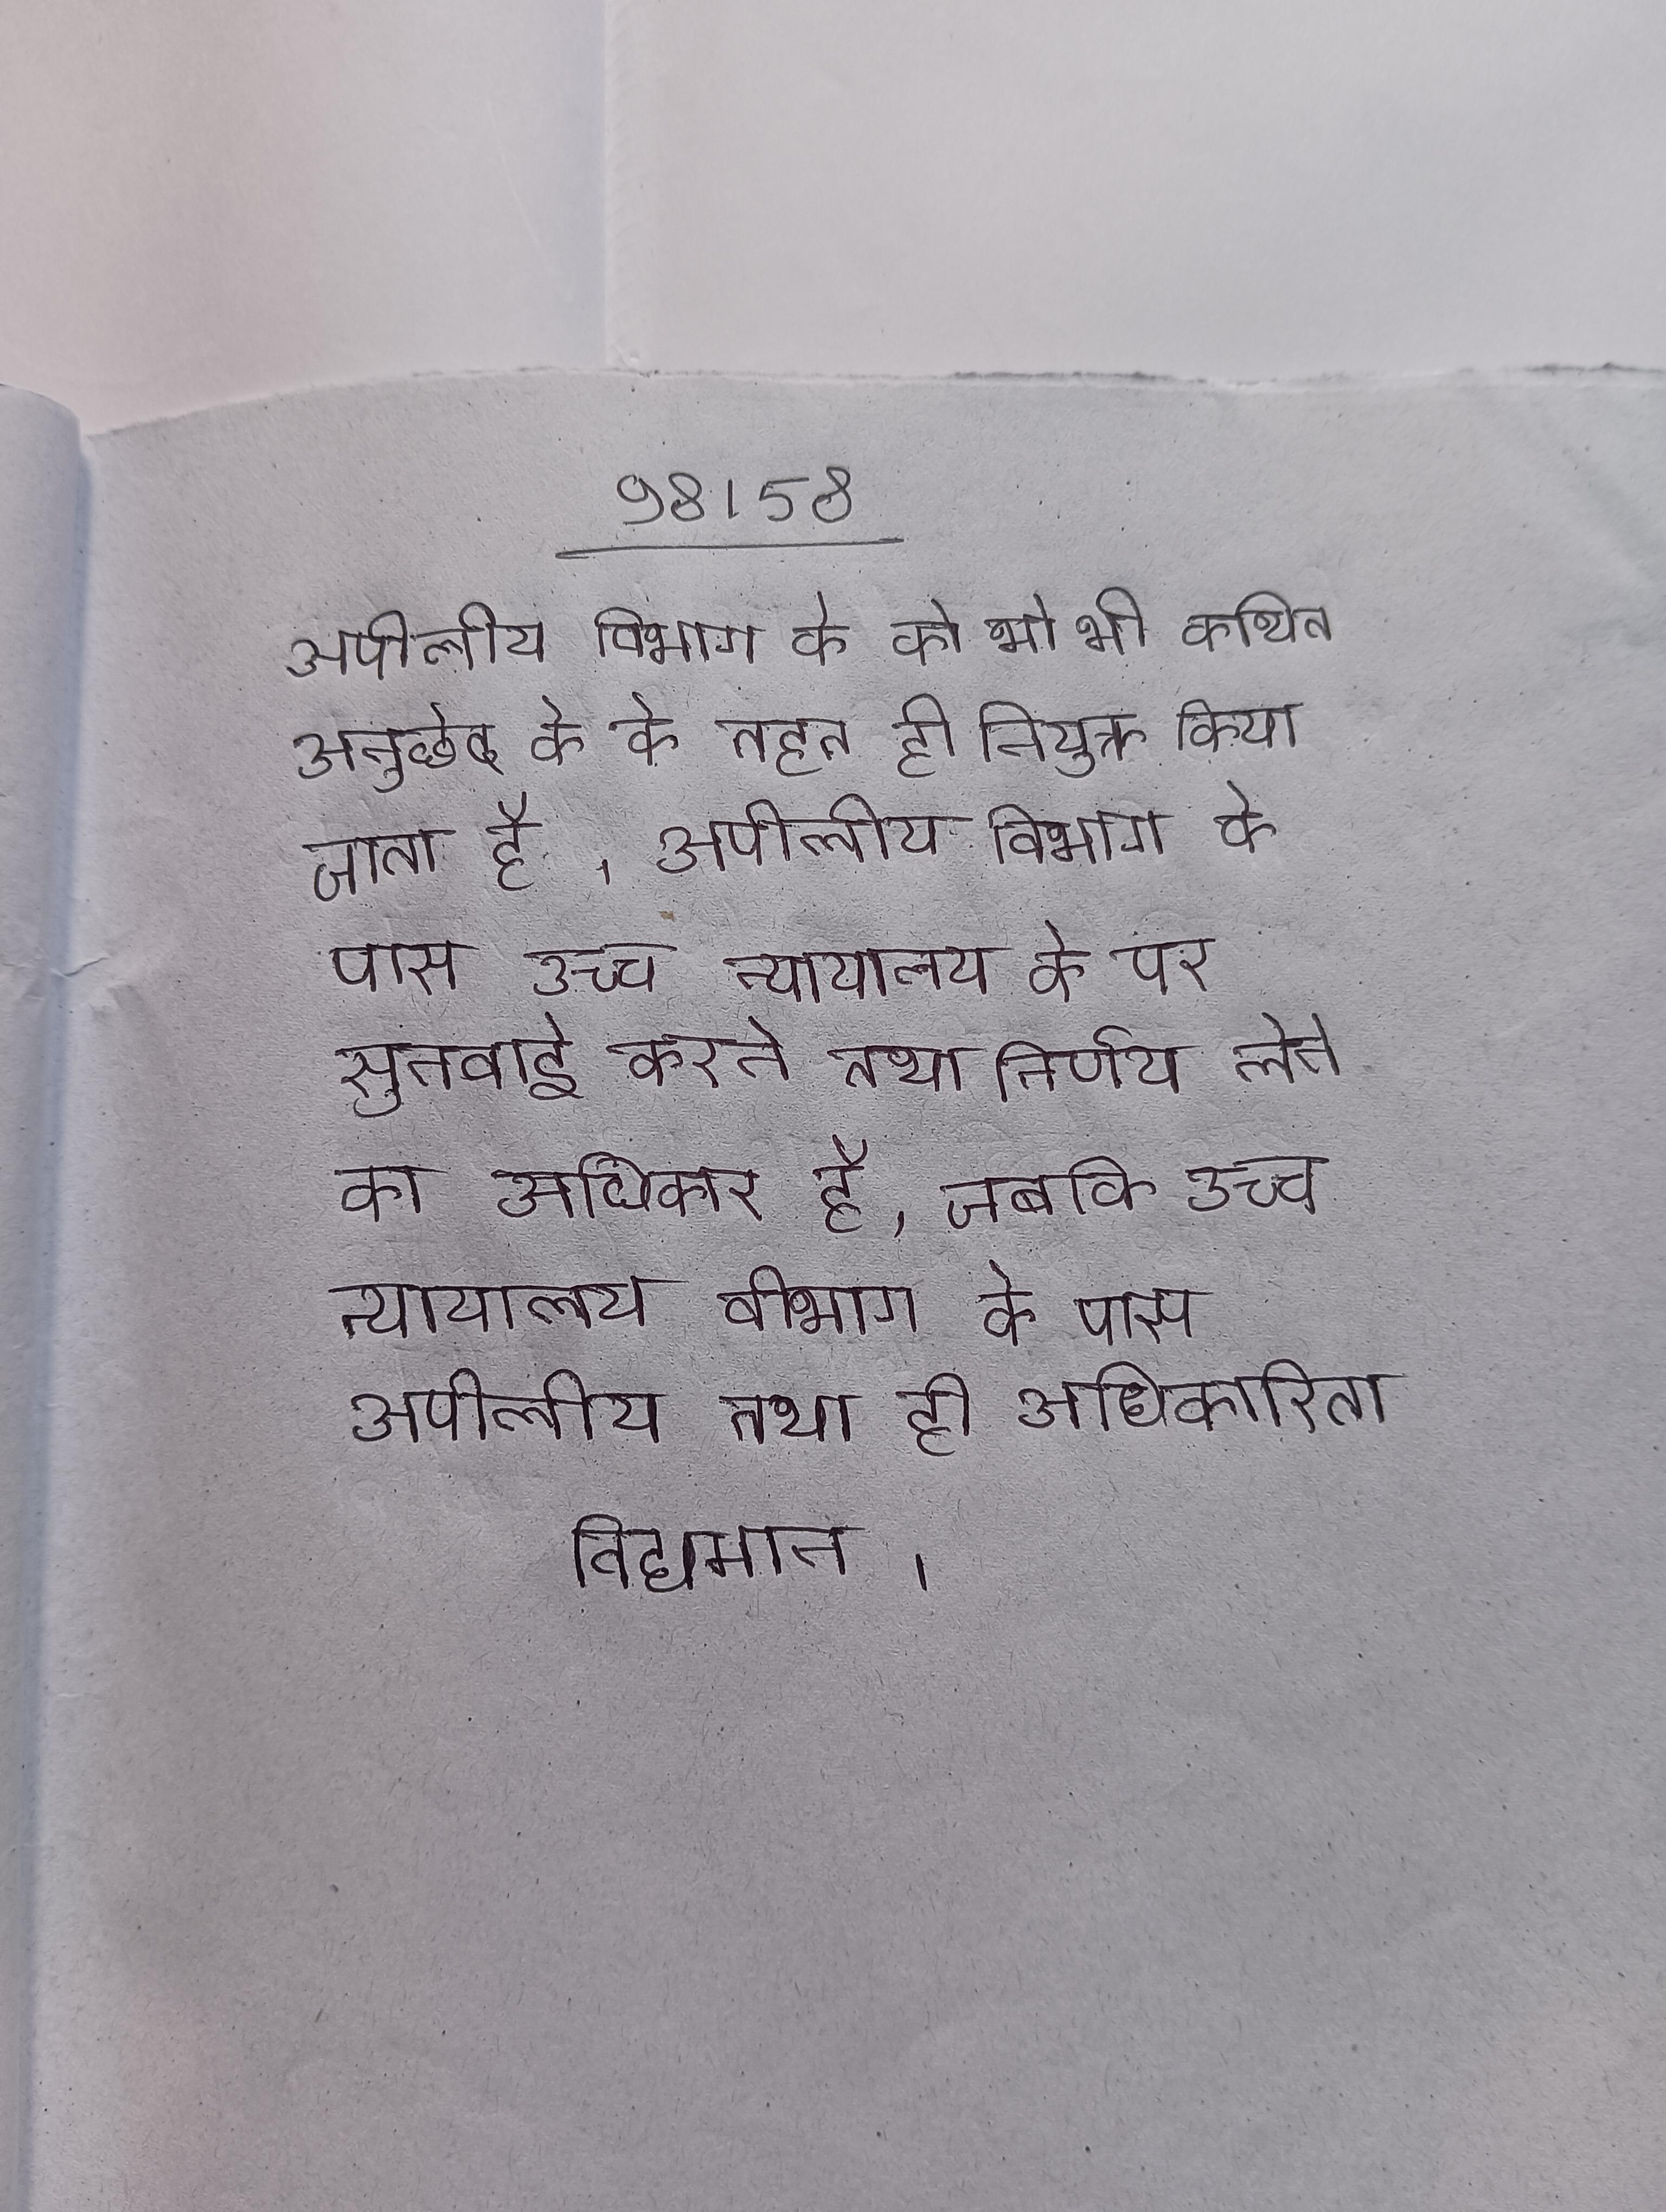
अपीलीय विभाग के को भी कथित अनुछेद के के तहत ही नियुक्त किया जाता है । अपीलीय विभाग के पास उच्च न्यायालय के पर सुनवाई करने तथा निर्णय लेने का अधिकार है, जबकि उच्च न्यायालय वीभाग के पास अपीलीय तथा ही अधिकारिता विद्यमान ।